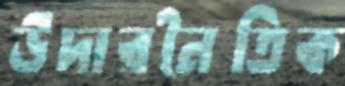
উদারনৈতিক